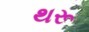
થરૂ